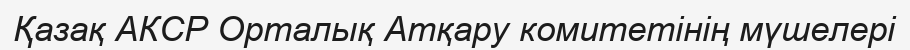
Қазақ АКСР Орталық Атқару комитетінің мүшелері